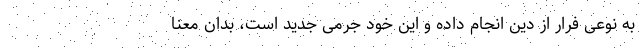
به نوعی فرار از دین انجام داده و این خود جرمی جدید است، بدان معنا